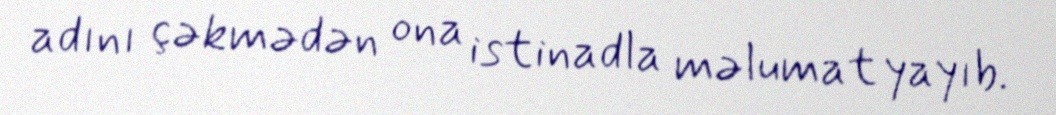
adını çəkmədən ona istinadla məlumat yayıb.